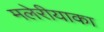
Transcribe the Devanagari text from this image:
मलेरीयाका